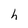
Character: h